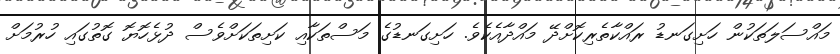
މައްސަލަތަކުން ހަށިގަނޑު ރައްކާތެރިކޮށްދޭ މައްދާއެކެވެ. ހަށިގަނޑުގެ މަސްތަކާއި ކަށިތަަކަށްވެސް ދުޅެހޮޔޮ ގޮތުގައި ހުރުމަށް